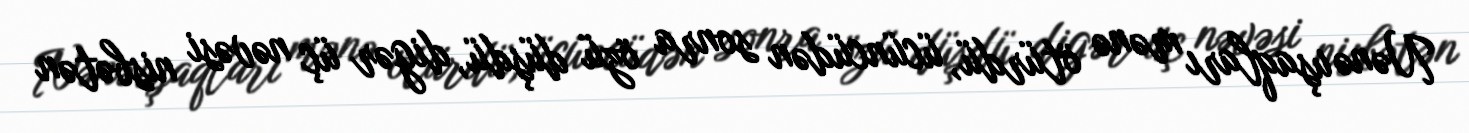
Nənə uşaqları mənə ötürdü, ücüncüdən sonra özü düşdü, digər üç nəvəsi nisbətən